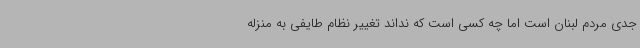
جدی مردم لبنان است اما چه کسی است که نداند تغییر نظام طایفی به منزله